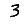
Digit: 3